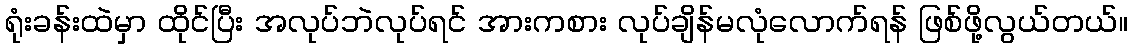
ရုံးခန်းထဲမှာ ထိုင်ပြီး အလုပ်ဘဲလုပ်ရင် အားကစား လုပ်ချိန်မလုံလောက်ရန် ဖြစ်ဖို့လွယ်တယ်။